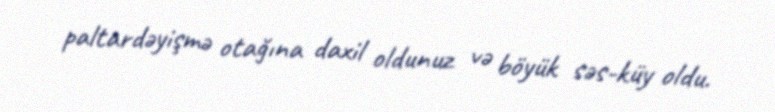
paltardəyişmə otağına daxil oldunuz və böyük səs-küy oldu.